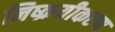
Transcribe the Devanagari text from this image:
निष्क्रयीकरण